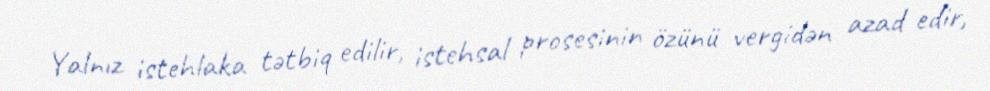
Yalnız istehlaka tətbiq edilir, istehsal prosesinin özünü vergidən azad edir,